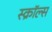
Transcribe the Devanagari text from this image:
स्क्रॉल्स